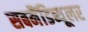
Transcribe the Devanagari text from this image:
सबमैंडिब्यूलर